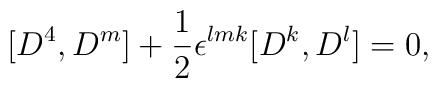
[D^4,D^m]+{1\over2}\epsilon^{lmk}[D^k,D^l]=0,